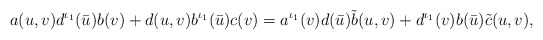
\begin{align*}a(u,v)d^{\iota_1}(\bar u)b(v)+d(u,v)b^{\iota_1}(\bar u)c(v)=a^{\iota_1}(v)d(\bar u)\tilde b(u,v)+d^{\iota_1}(v)b(\bar u)\tilde c(u,v),\end{align*}